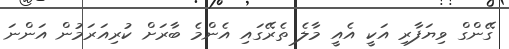
ގޭންގް ވިޔަފާރި އަކީ އެއީ މާލެ ތެރޭގައި އެންމެ ބާރަށް ކުރިއަރަމުން އަންނަ